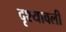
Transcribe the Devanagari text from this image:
दृश्‍यावली